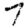
Digit: 7